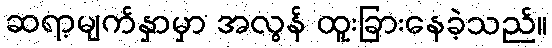
ဆရာ့မျက်နှာမှာ အလွန် ထူးခြားနေခဲ့သည်။